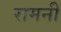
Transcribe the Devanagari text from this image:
रामनी